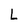
Character: L